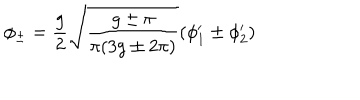
\phi _ { \pm } = \frac { g } { 2 } \sqrt { \frac { g \pm \pi } { \pi ( 3 g \pm 2 \pi ) } } ( \phi _ { 1 } ^ { \prime } \pm \phi _ { 2 } ^ { \prime } )